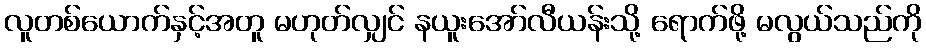
လူတစ်ယောက်နှင့်အတူ မဟုတ်လျှင် နယူးအော်လီယန်းသို့ ရောက်ဖို့ မလွယ်သည်ကို